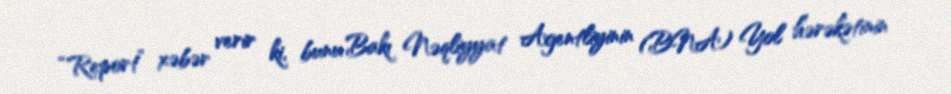
“Report” xəbər verir ki, bunu Bakı Nəqliyyat Agentliyinin (BNA) Yol hərəkətinin